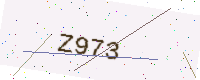
Text: Z973